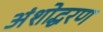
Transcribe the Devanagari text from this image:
अंशोद्धरण